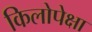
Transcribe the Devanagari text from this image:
किलोपेक्षा